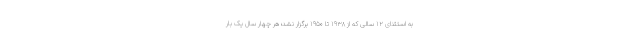
به استثنای ۱۲ سالی که از ۱۹۳۸ تا ۱۹۵۰ برگزار نشد؛ هر چهار سال یک بار